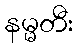
နမ္မတီး